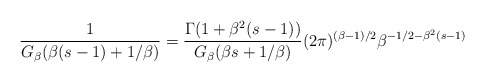
\begin{align*}\frac{1}{G_{\beta}(\beta(s-1)+1/\beta)} = \frac{\Gamma(1+\beta^{2}(s-1))}{G_{\beta}(\beta s+1/\beta)}(2\pi)^{(\beta-1)/2}\beta^{-1/2-\beta^{2}(s-1)}\end{align*}